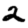
Digit: 2